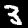
Label: 3